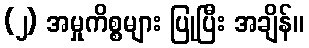
(၂) အမှုကိစ္စများ ပြုပြီး အချိန်။